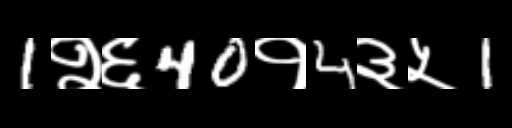
Text: 1२६40१4३५1